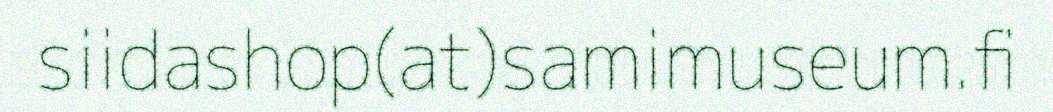
siidashop(at)samimuseum.fi